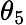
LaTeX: \theta_{5}